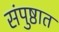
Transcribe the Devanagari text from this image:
संपुष्ठात